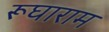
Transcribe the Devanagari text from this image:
रूघाराम